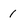
Character: 1